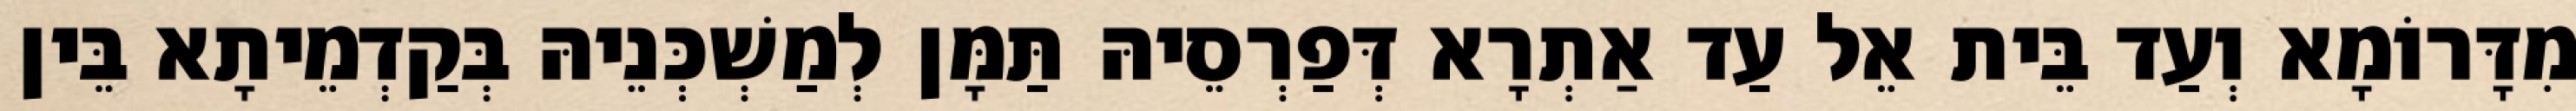
מִדָּרוֹמָא וְעַד בֵּית אֵל עַד אַתְרָא דְּפַרְסֵיהּ תַּמָּן לְמַשְׁכְּנֵיהּ בְּקַדְמֵיתָא בֵּין